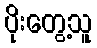
ပိုးတွေ့သူ